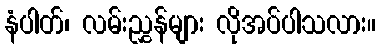
နံပါတ်၊ လမ်းညွှန်များ လိုအပ်ပါသလား။